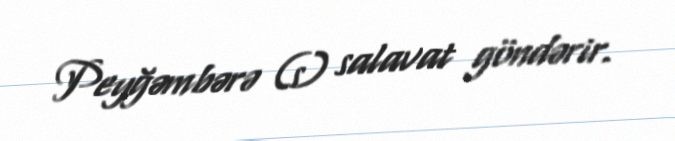
Peyğəmbərə (s) salavat göndərir.